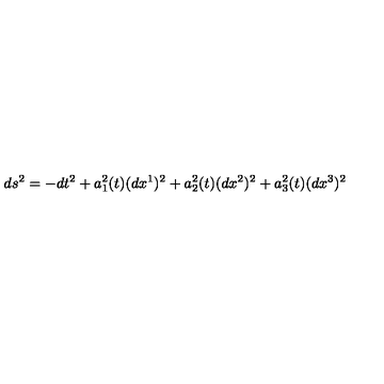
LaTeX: d s ^ { 2 } = - d t ^ { 2 } + a _ { 1 } ^ { 2 } ( t ) ( d x ^ { 1 } ) ^ { 2 } + a _ { 2 } ^ { 2 } ( t ) ( d x ^ { 2 } ) ^ { 2 } + a _ { 3 } ^ { 2 } ( t ) ( d x ^ { 3 } ) ^ { 2 }